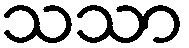
သသာ